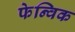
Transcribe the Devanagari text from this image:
फेन्विक